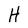
Character: H